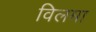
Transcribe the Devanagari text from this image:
विलमा